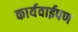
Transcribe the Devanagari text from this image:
कार्यवाईपण